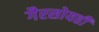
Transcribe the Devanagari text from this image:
गैरसोयही